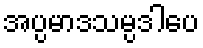
အပ္ပမာဒသမ္ပဒါပေ